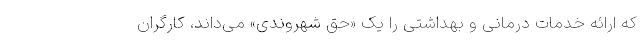
که ارائه خدمات درمانی و بهداشتی را یک «حق شهروندی» می‌داند، کارگران